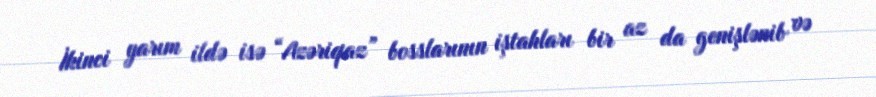
İkinci yarım ildə isə “Azəriqaz” bosslarının iştahları bir az da genişlənib və